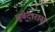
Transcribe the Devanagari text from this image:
सुबेदारास